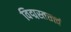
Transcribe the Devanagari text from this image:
विद्मस्तत्तत्त्वं